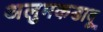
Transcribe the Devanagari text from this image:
अलुमकडावू